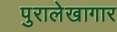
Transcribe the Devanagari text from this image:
पुरालेखागार